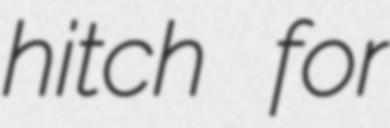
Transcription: hitch for